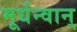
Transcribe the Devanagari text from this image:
मूर्धन्वान्‌